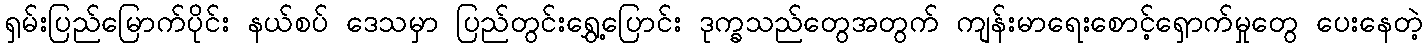
ရှမ်းပြည်မြောက်ပိုင်း နယ်စပ် ဒေသမှာ ပြည်တွင်းရွှေ့ပြောင်း ဒုက္ခသည်တွေအတွက် ကျန်းမာရေးစောင့်ရှောက်မှုတွေ ပေးနေတဲ့